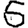
Digit: 5